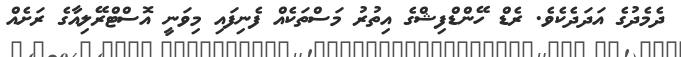
ދެމެދުގެ އަދަދެކެވެ. ރެޑް ހޭންޑްފިޝްގެ އިތުރު މަސްތަކެއް ފެނިފައި މިވަނީ އޮސްޓްރޭލިއާގެ ރަށެއް